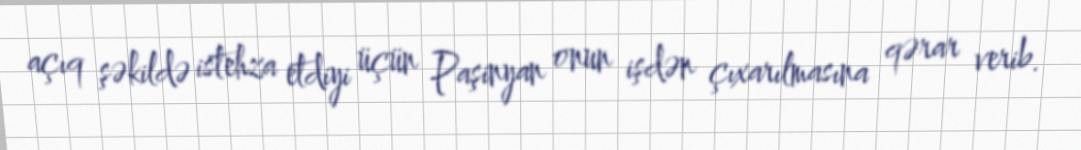
açıq şəkildə istehza etdiyi üçün Paşinyan onun işdən çıxarılmasına qərar verib.